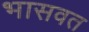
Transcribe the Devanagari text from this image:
भासवत